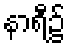
နာရီ၌